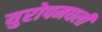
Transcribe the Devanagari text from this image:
युरोपमधली